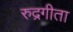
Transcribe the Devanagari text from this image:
रुद्रगीता